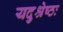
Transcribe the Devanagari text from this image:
यदुश्रेष्ठः